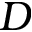
D